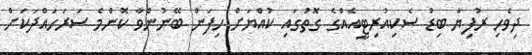
ދިވެހި ރުފިޔާ ބިޑު ސެކިއުރިޓީއެއްގެ ގޮތުގައި ކުއްޔަށް ހިފަން ބޭނުންވާ ކޮންމެ ސަރަހައްދަކަށް